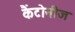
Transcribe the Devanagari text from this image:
कैंटोनीज